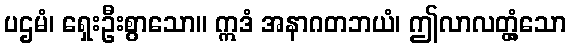
ပဌမံ၊ ရှေးဦးစွာသော။ ဣဒံ အနာဂတဘယံ၊ ဤလာလတ္တံ့သော